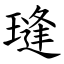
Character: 㻱